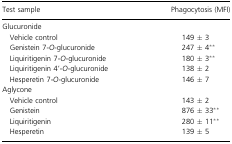
| Test sample | Phagocytosis (MFI) |
 | --- | --- |
 | <COLSPAN=2> Glucuronide |
 | Vehicle control | 149 ± 3 |
 | Genistein 7‐O‐glucuronide | 247 ± 4** |
 | Liquiritigenin 7‐O‐glucuronide | 180 ± 3** |
 | Liquiritigenin 4’‐O‐glucuronide | 138 ± 2 |
 | Hesperetin 7‐O‐glucuronide | 146 ± 7 |
 | <COLSPAN=2> Aglycone |
 | Vehicle control | 143 ± 2 |
 | Genistein | 876 ± 33** |
 | Liquiritigenin | 280 ± 11** |
 | Hesperetin | 139 ± 5 |